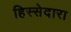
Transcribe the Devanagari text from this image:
हिस्सेदारा